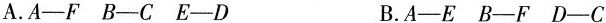
A.A—F B—C E—D B.A—E B—F D—C